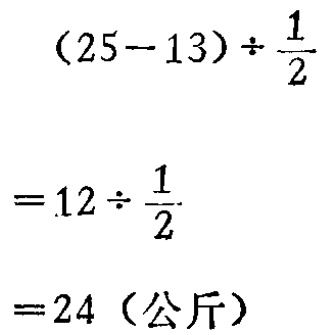
\[

\begin{align*}

&(25 - 13)\div\frac{1}{2}\\

=&12\div\frac{1}{2}\\

=&24（\text{公斤}）

\end{align*}

\]